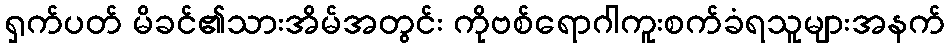
ရှက်ပတ် မိခင်၏သားအိမ်အတွင်း ကိုဗစ်ရောဂါကူးစက်ခံရသူများအနက်